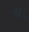
ઘા